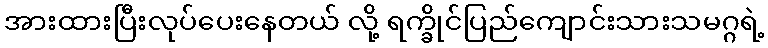
အားထားပြီးလုပ်ပေးနေတယ် လို့ ရက္ခိုင်ပြည်ကျောင်းသားသမဂ္ဂရဲ့